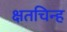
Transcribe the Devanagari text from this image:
क्षतचिन्ह